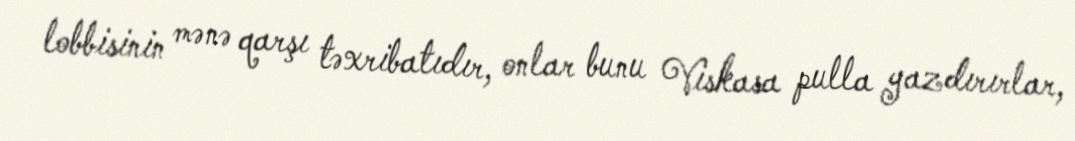
lobbisinin mənə qarşı təxribatıdır, onlar bunu Viskasa pulla yazdırırlar,